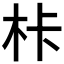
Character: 𭩦